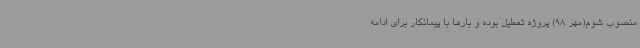
منصوب شوم(مهر 98) پروژه تعطیل بوده و بارها با پیمانکار برای ادامه